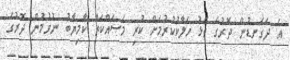
އެ ދަގަނޑުން ދޮރުގެ ތަޅު ހަލާކުކުރުމަށް ކުރި މަސައްކަތް ކާމިޔާބު ނުވުމުން ދޮރުގެ